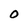
Character: O